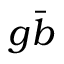
g { \bar { b } }